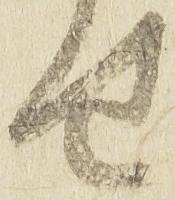
せ